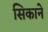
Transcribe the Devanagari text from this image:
सिकाने